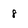
Character: 8